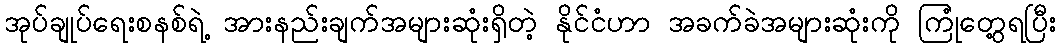
အုပ်ချုပ်ရေးစနစ်ရဲ့ အားနည်းချက်အများဆုံးရှိတဲ့ နိုင်ငံဟာ အခက်ခဲအများဆုံးကို ကြုံတွေ့ရပြီး